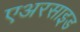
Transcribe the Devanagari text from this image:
एअरसाइड